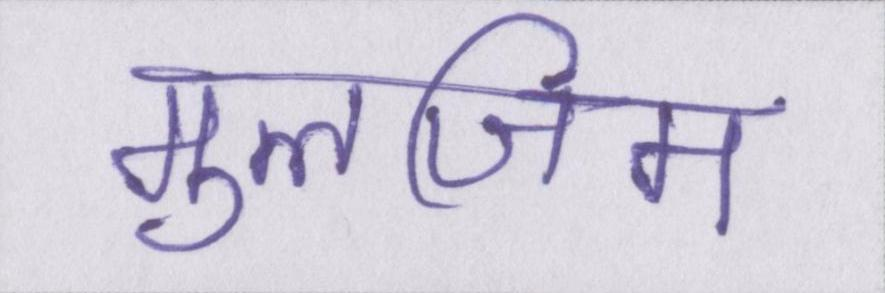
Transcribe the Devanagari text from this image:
मुलजिम